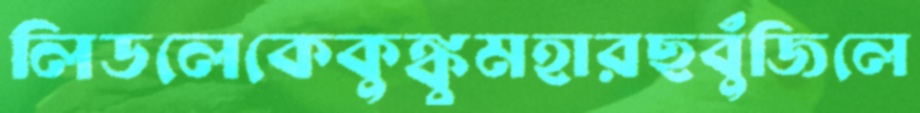
লিডলেকেকুঙ্কুমহারছবুঁজিলে